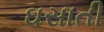
ઘસાતી